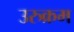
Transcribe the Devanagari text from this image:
उरुक्रम